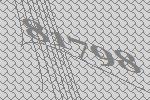
81798